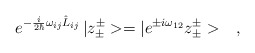
\begin{align*}e^{-\frac{i}{2\hbar}\omega_{ij}\hat{L}_{ij}}\,|z^\pm_\pm>=|e^{\pm i\omega_{12}}z^\pm_\pm>\ \ \ ,\end{align*}